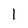
Character: 1